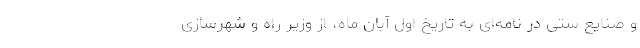
و صنایع ستی در نامه‌ای به تاریخ اول آبان ماه، از وزیر راه و شهرسازی